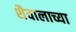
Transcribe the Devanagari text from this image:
शैवालाच्या